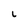
Character: L